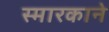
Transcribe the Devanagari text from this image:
स्मारकाने